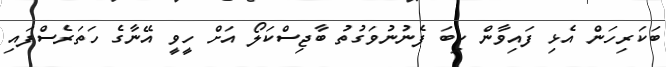
ބަކަރިހަން އެޅި ފައިވާން ކިބަ ފެނުނުވަގުތު ބާޖިސްކަލޯ އަށް ހީވީ އޭނާގެ ހަތަރެސްފައި